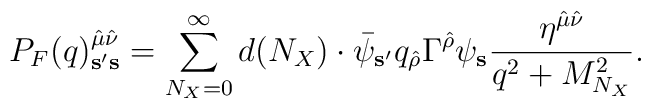
P_F(q)_{{\bf s}'{\bf s}}^{{\hat \mu} {\hat \nu}} =  \sum_{N_X=0}^\infty d(N_X) \cdot     {\bar \psi}_{{\bf s}'}      q_{\hat \rho} \Gamma^{\hat \rho} \psi_{\bf s}     {{\eta^{{\hat \mu} {\hat \nu}}} \over {q^2 + M_{N_X}^2}}.